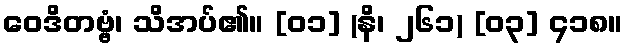
ဝေဒိတဗ္ဗံ၊ သိအပ်၏။ [၀၁] (နိ၊ ၂၆၁) [၀၃] ၄၁၈။